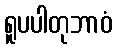
ရူပပါတုဘာဝံ